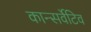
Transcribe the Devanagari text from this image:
कान्सर्वेटिव